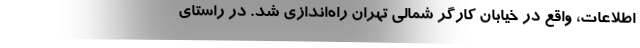
اطلاعات، واقع در خیابان کارگر شمالی تهران راه‌اندازی شد. در راستای